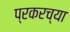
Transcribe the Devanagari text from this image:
प्रकरच्या